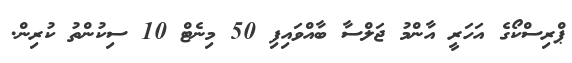
ޕްރިސްކޯގެ އަހަރީ އާންމު ޖަލްސާ ބާއްވައިފި 50 މިނެޓް 10 ސިކުންތު ކުރިން.